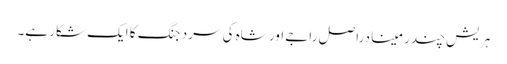
ہریش چندر مینا دراصل راجے اور شاہ کی سرد جنگ کا ایک شکار ہے۔